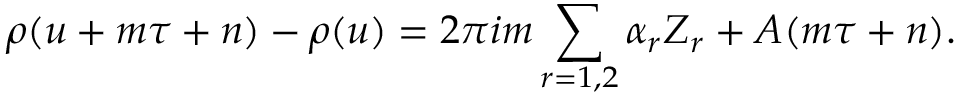
\rho ( u + m \tau + n ) - \rho ( u ) = 2 \pi i m \sum _ { r = 1 , 2 } \alpha _ { r } Z _ { r } + A ( m \tau + n ) .